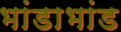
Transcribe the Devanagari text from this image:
भांडाभांड